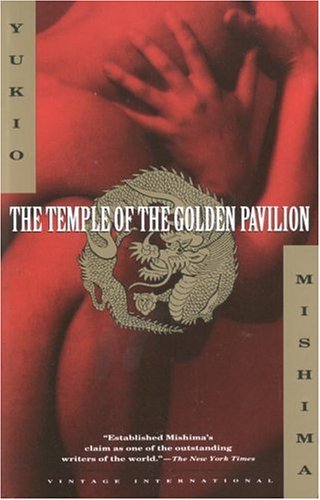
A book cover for The Temple of the Golden Pavilion; Yukio Mishima; Literature & Fiction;